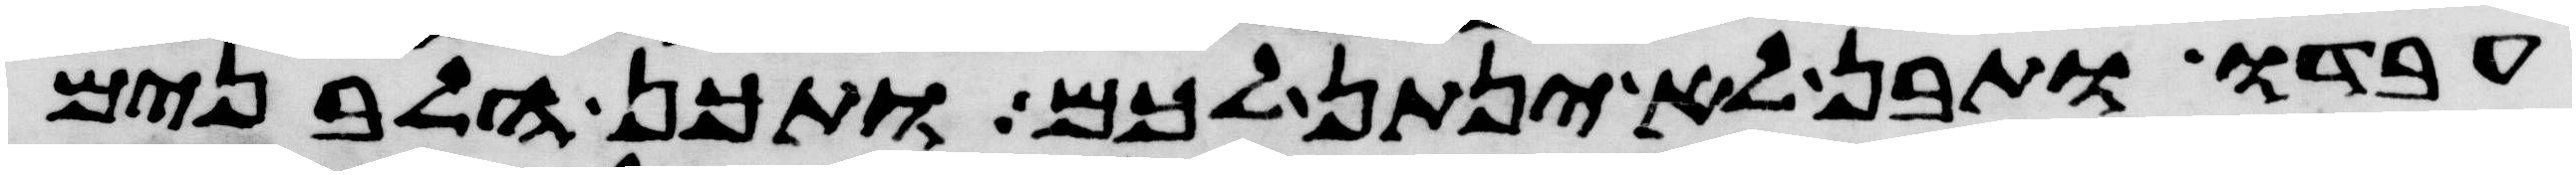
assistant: עבדו ותבן לא ינתן לכם ותכן הלבנים